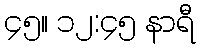
၄၅။ ၁၂:၄၅ နာရီ